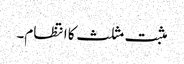
مثبت مثلث کا انتظام۔